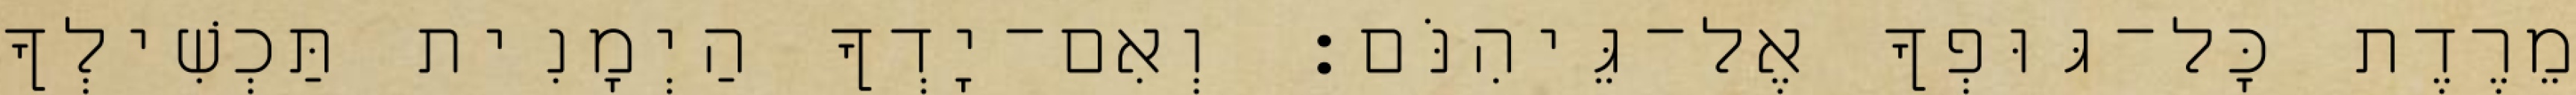
מֵרֶדֶת כָּל־גּוּפְךָ אֶל־גֵּיהִנֹּם׃ וְאִם־יָדְךָ הַיְמָנִית תַּכְשִׁילְךָ